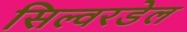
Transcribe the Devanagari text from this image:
सिल्वरडेल